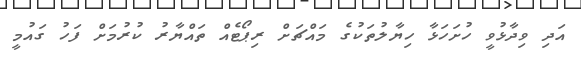
އަދި ވިދާޅުވީ ހުށަހަޅާ ހިޔާލުތަކުގެ މައްޗަށް ރިޕޯޓެއް ތައްޔާރު ކުރުމަށް ފަހު ގައުމީ